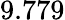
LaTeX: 9.779